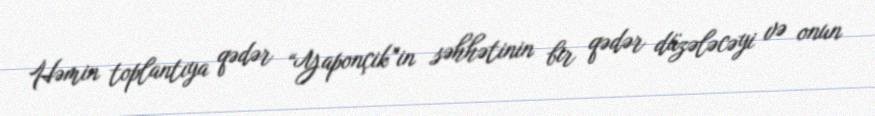
Həmin toplantıya qədər “Yaponçik”in səhhətinin bir qədər düzələcəyi və onun